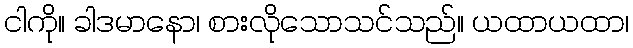
ငါကို။ ခါဒမာနော၊ စားလိုသောသင်သည်။ ယထာယထာ၊